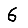
Digit: 6